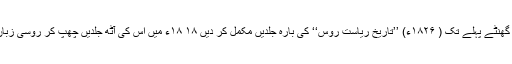
ماہنامہ ’’ماسکو‘‘ نکالا (۱۷۹۱ء) ا ور موت سے چند گھنٹے پہلے تک ( ۱۸۲۶ء) ’’تاریخِ ریاست روس‘‘ کی بارہ جلدیں مکمل کر دیں ۱۸ ۱۸ء میں اس کی آٹھ جلدیں چھپ کر روسی زبان و ادب اور سماجی مسائل کا اہم مبحث بن چکی تھیں۔